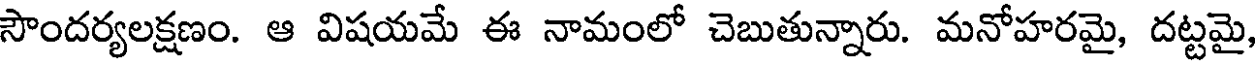
సౌందర్యలక్షణం. ఆ విషయమే ఈ నామంలో చెబుతున్నారు. మనోహరమై, దట్టమై,